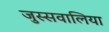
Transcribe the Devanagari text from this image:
जुस्सवालिया